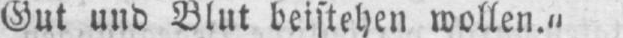
Gut und Blut beistehen wollen.“